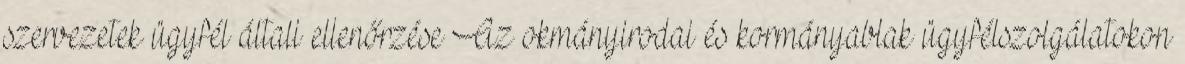
szervezetek ügyfél általi ellenőrzése Az okmányirodai és kormányablak ügyfélszolgálatokon